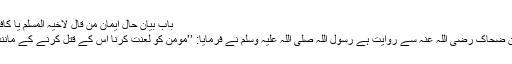
باب بیان حال ایمان من قال لاخیہ المسلم یا کافر 60)
ثابت بن ضحاک رضی اللہ عنہ سے روایت ہے رسول اللہ صلی اللہ علیہ وسلم نے فرمایا: ’’مومن کو لعنت کرنا اس کے قتل کرنے کے مانند ہے‘‘۔